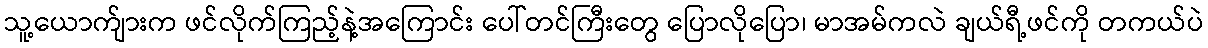
သူ့ယောက်ျားက ဖင်လိုက်ကြည့်နဲ့အကြောင်း ပေါ်တင်ကြီးတွေ ပြောလိုပြော၊ မာအမ်ကလဲ ချယ်ရီ့ဖင်ကို တကယ်ပဲ